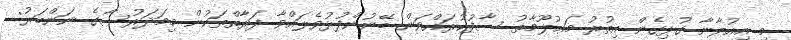
މި އިޢުލާނާ ގުޅިގެން އިތުރު މަޢުލޫމާތު ސާފުކުރައްވަން ބޭނުންފުޅުވެލައްވާ ފަރާތްތަކުން މިމަދަރުސާގެ ނަންބަރު: